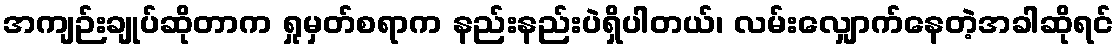
အကျဉ်းချုပ်ဆိုတာက ရှုမှတ်စရာက နည်းနည်းပဲရှိပါတယ်၊ လမ်းလျှောက်နေတဲ့အခါဆိုရင်